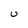
Character: U